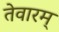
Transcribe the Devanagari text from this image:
तेवारम्‌